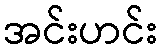
အင်းဟင်း